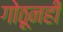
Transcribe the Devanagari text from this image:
गोठूनही